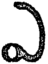
ఎ